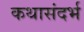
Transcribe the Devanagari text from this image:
कथासंदर्भ